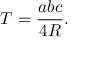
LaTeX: T = { \frac { a b c } { 4 R } } .